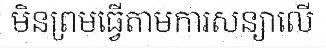
មិនព្រមធ្វើតាមការសន្យាលើ